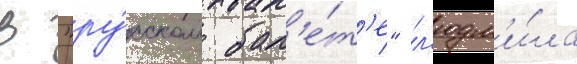
В "ру́сском бал'е́т'е" л'юдм'и́ла